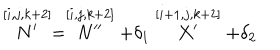
\stackrel { \lbrack i , j , k + 2 ] } { N ^ { \prime } } = \stackrel { [ i , j , k + 2 ] } { N ^ { \prime \prime } } + \delta _ { 1 } \stackrel { [ i + 1 , j , k + 2 ] } { X ^ { \prime } } + \delta _ { 2 }